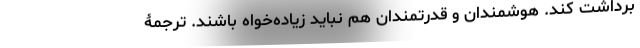
برداشت کند. هوشمندان و قدرتمندان هم نباید زیاده‌خواه باشند. ترجمۀ